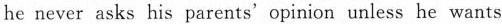
he never asks his parents' opinion unless he wants